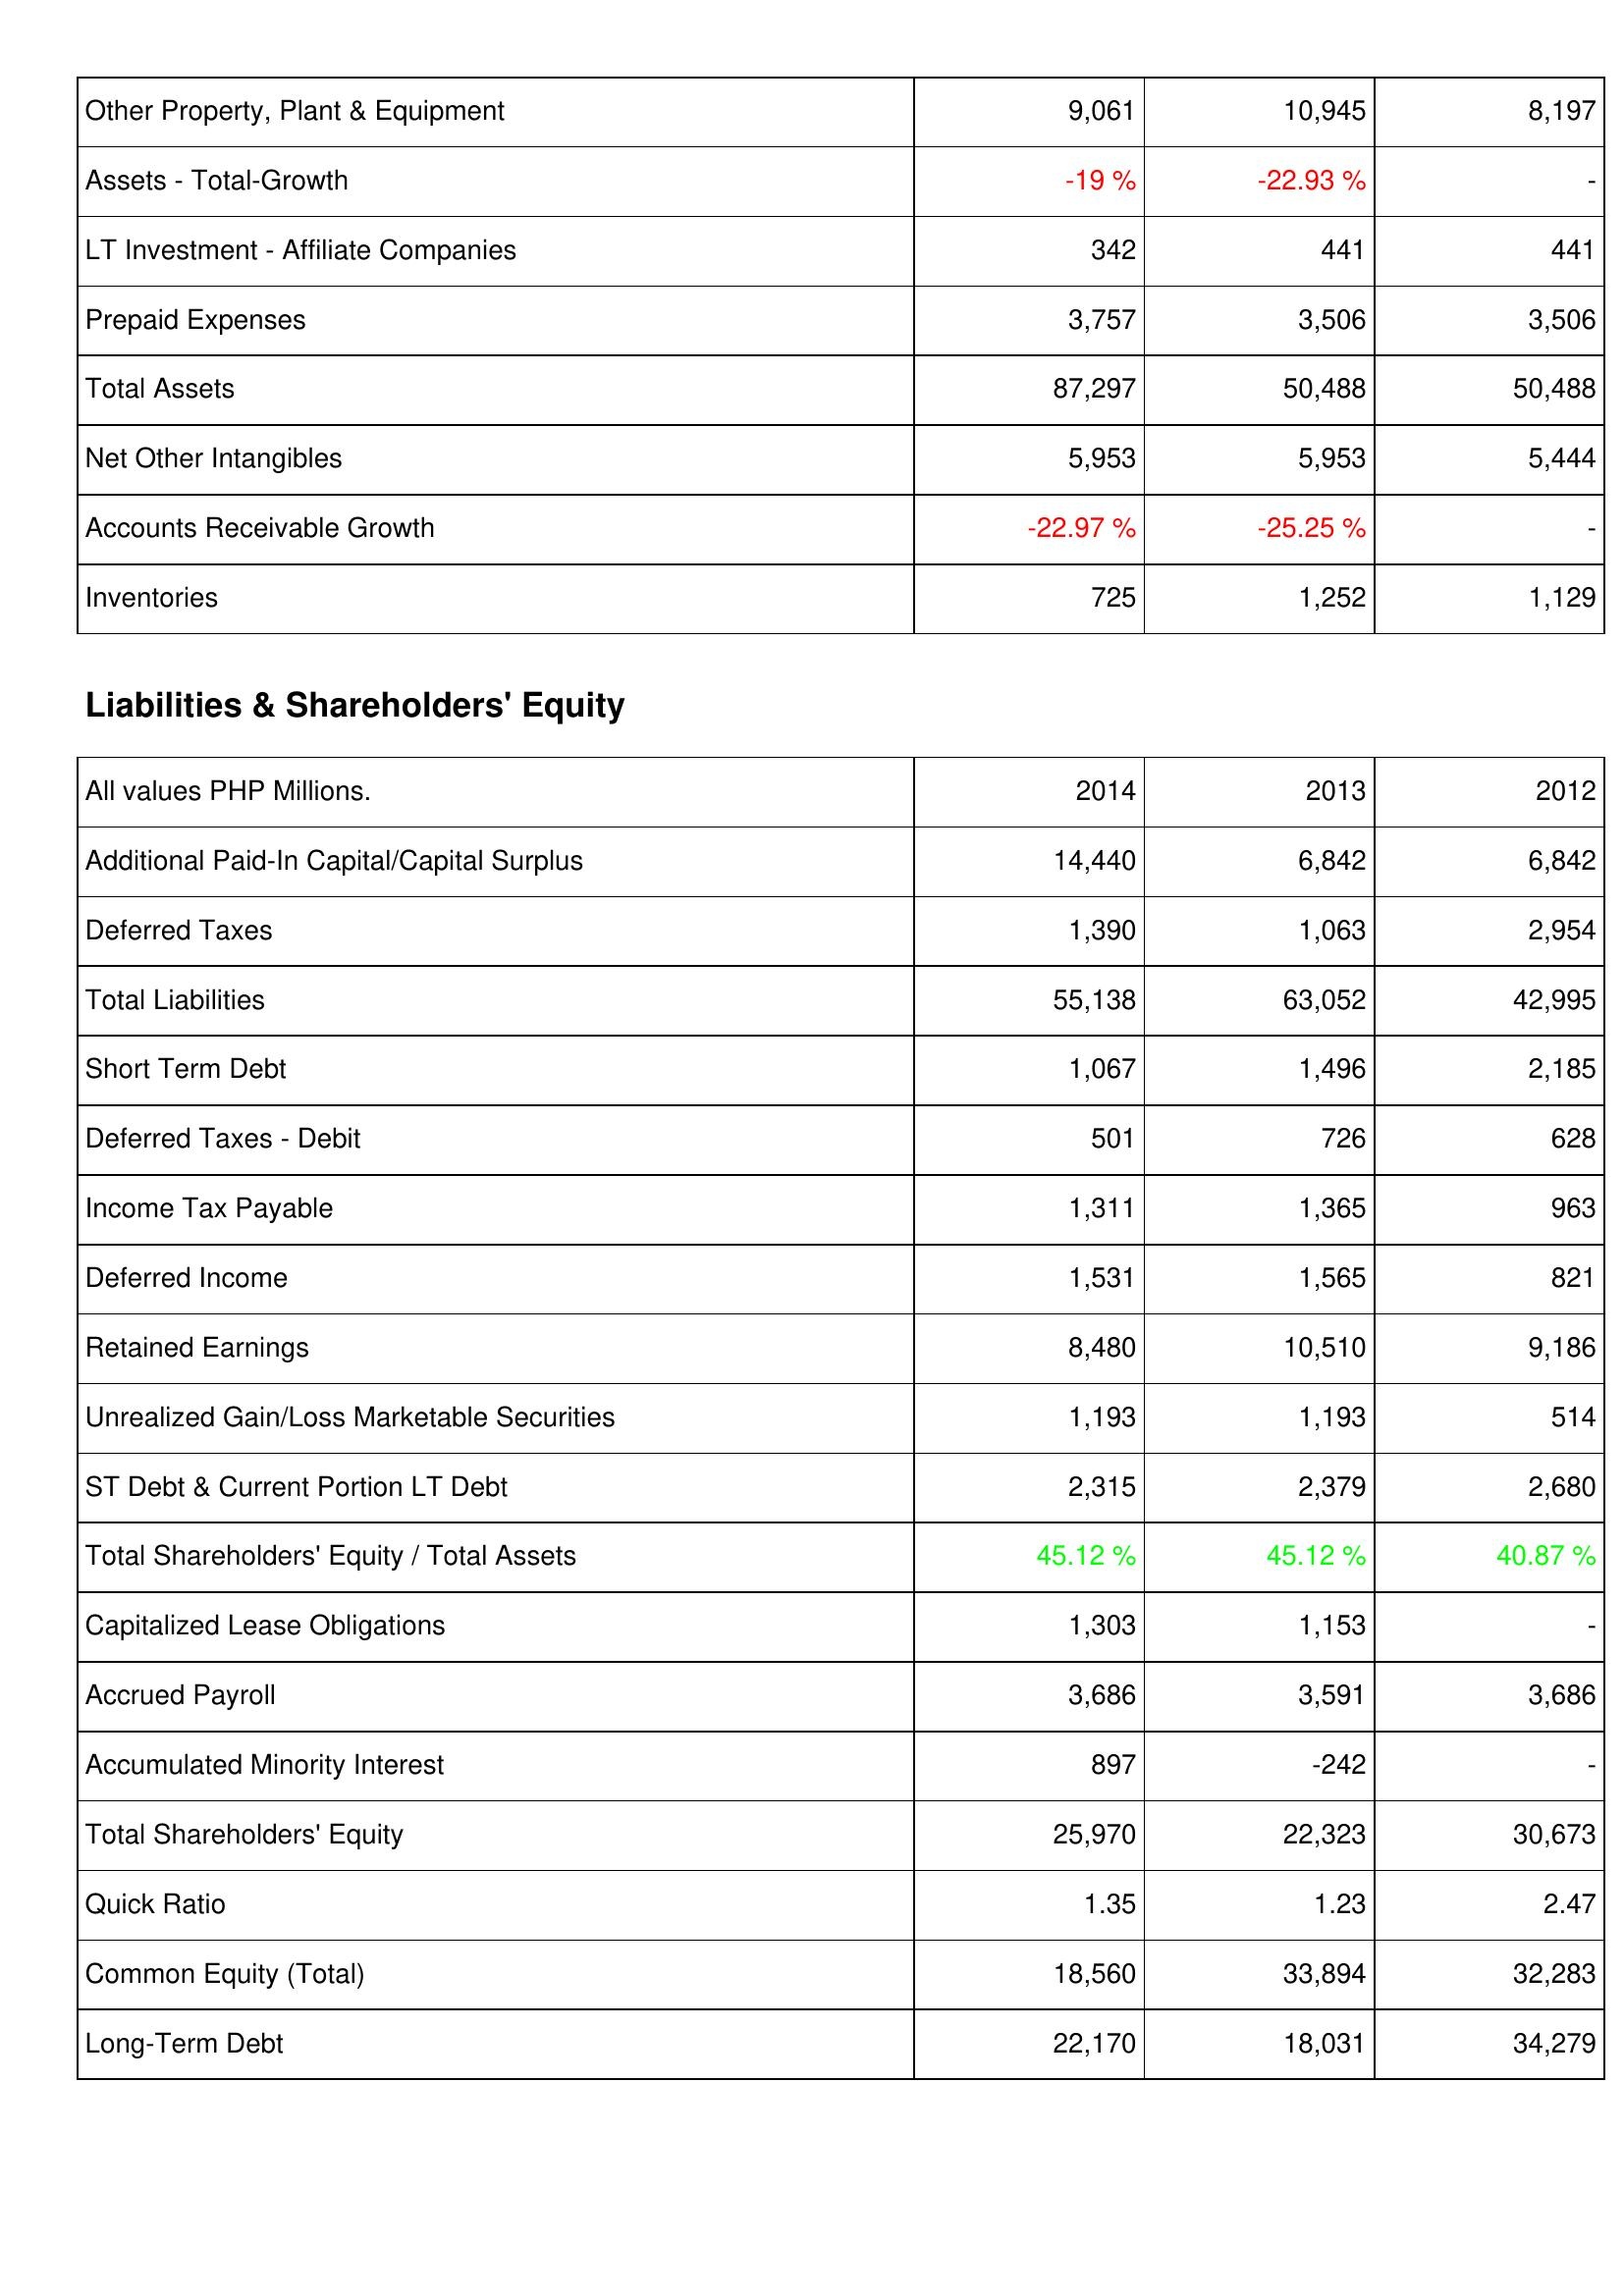
2014: Assets: Other Property, Plant & Equipment: 9,061
Assets - Total-Growth: -19 %
LT Investment - Affiliate Companies: 342
Prepaid Expenses: 3,757
Total Assets: 87,297
Net Other Intangibles: 5,953
Accounts Receivable Growth: -22.97 %
Inventories: 725
Liabilities & Shareholders' Equity: Additional Paid-In Capital/Capital Surplus: 14,440
Deferred Taxes: 1,390
Total Liabilities: 55,138
Short Term Debt: 1,067
Deferred Taxes - Debit: 501
Income Tax Payable: 1,311
Deferred Income: 1,531
Retained Earnings: 8,480
Unrealized Gain/Loss Marketable Securities: 1,193
ST Debt & Current Portion LT Debt: 2,315
Total Shareholders' Equity / Total Assets: 45.12 %
Capitalized Lease Obligations: 1,303
Accrued Payroll: 3,686
Accumulated Minority Interest: 897
Total Shareholders' Equity: 25,970
Quick Ratio: 1.35
Common Equity (Total): 18,560
Long-Term Debt: 22,170
2013: Assets: Other Property, Plant & Equipment: 10,945
Assets - Total-Growth: -22.93 %
LT Investment - Affiliate Companies: 441
Prepaid Expenses: 3,506
Total Assets: 50,488
Net Other Intangibles: 5,953
Accounts Receivable Growth: -25.25 %
Inventories: 1,252
Liabilities & Shareholders' Equity: Additional Paid-In Capital/Capital Surplus: 6,842
Deferred Taxes: 1,063
Total Liabilities: 63,052
Short Term Debt: 1,496
Deferred Taxes - Debit: 726
Income Tax Payable: 1,365
Deferred Income: 1,565
Retained Earnings: 10,510
Unrealized Gain/Loss Marketable Securities: 1,193
ST Debt & Current Portion LT Debt: 2,379
Total Shareholders' Equity / Total Assets: 45.12 %
Capitalized Lease Obligations: 1,153
Accrued Payroll: 3,591
Accumulated Minority Interest: -242
Total Shareholders' Equity: 22,323
Quick Ratio: 1.23
Common Equity (Total): 33,894
Long-Term Debt: 18,031
2012: Assets: Other Property, Plant & Equipment: 8,197
Assets - Total-Growth: -
LT Investment - Affiliate Companies: 441
Prepaid Expenses: 3,506
Total Assets: 50,488
Net Other Intangibles: 5,444
Accounts Receivable Growth: -
Inventories: 1,129
Liabilities & Shareholders' Equity: Additional Paid-In Capital/Capital Surplus: 6,842
Deferred Taxes: 2,954
Total Liabilities: 42,995
Short Term Debt: 2,185
Deferred Taxes - Debit: 628
Income Tax Payable: 963
Deferred Income: 821
Retained Earnings: 9,186
Unrealized Gain/Loss Marketable Securities: 514
ST Debt & Current Portion LT Debt: 2,680
Total Shareholders' Equity / Total Assets: 40.87 %
Capitalized Lease Obligations: -
Accrued Payroll: 3,686
Accumulated Minority Interest: -
Total Shareholders' Equity: 30,673
Quick Ratio: 2.47
Common Equity (Total): 32,283
Long-Term Debt: 34,279